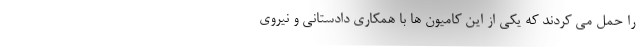
را حمل می کردند که یکی از این کامیون ها با همکاری دادستانی و نیروی